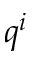
q ^ { i }